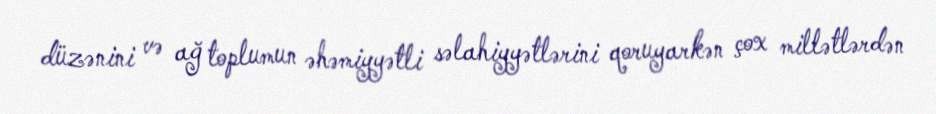
düzənini və ağ toplumun əhəmiyyətli səlahiyyətlərini qoruyarkən çox millətlərdən